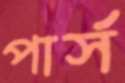
পার্স